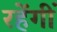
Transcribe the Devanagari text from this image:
रहेंगीं